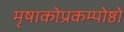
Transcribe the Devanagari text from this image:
मृषाकोप्रकम्पोष्ठो